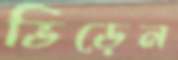
ভিড়েন